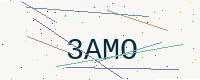
Text: 3AMO